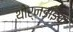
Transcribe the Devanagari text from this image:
थोर्नडाइक